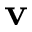
\mathbf { v }